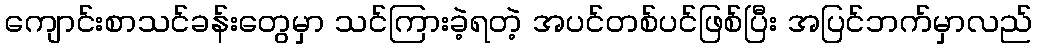
ကျောင်းစာသင်ခန်းတွေမှာ သင်ကြားခဲ့ရတဲ့ အပင်တစ်ပင်ဖြစ်ပြီး အပြင်ဘက်မှာလည်